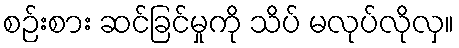
စဉ်းစား ဆင်ခြင်မှုကို သိပ် မလုပ်လိုလှ။